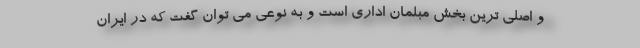
و اصلی ترین بخش مبلمان اداری است و به نوعی می توان گفت که در ایران